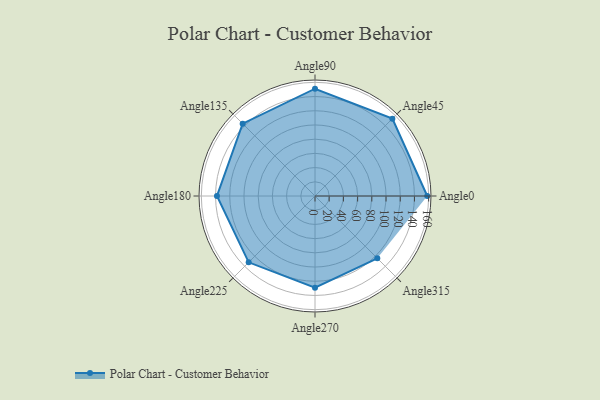
{"axis": {"x": "Angle", "y": "Radius"}, "legend": [""], "data": [{"x": "Angle0", "y": 158.0, "type": ""}, {"x": "Angle45", "y": 154.0, "type": ""}, {"x": "Angle90", "y": 151.0, "type": ""}, {"x": "Angle135", "y": 144.0, "type": ""}, {"x": "Angle180", "y": 138.0, "type": ""}, {"x": "Angle225", "y": 132.0, "type": ""}, {"x": "Angle270", "y": 129.0, "type": ""}, {"x": "Angle315", "y": 124.0, "type": ""}]}